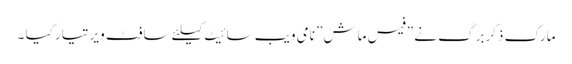
مارک ذکربرگ نے ”فیس ماش” نامی ویب سائیٹ کیلئے سافٹ ویر تیار کیا ۔